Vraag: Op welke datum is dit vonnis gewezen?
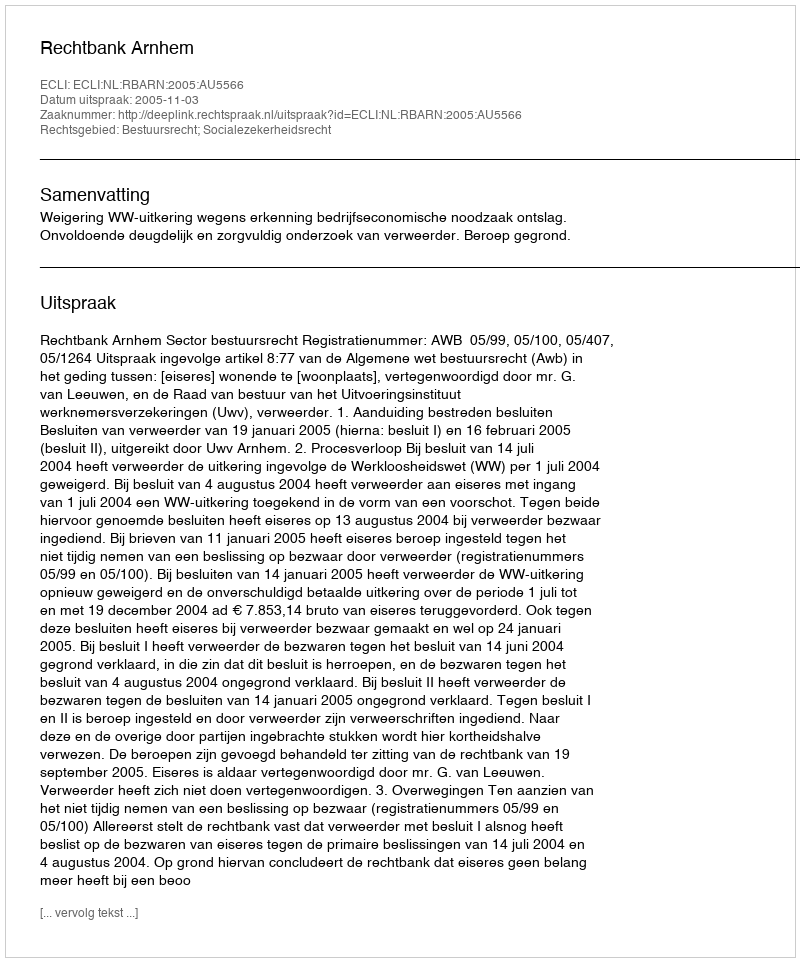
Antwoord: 2005-11-03